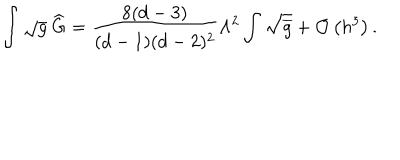
\int \sqrt { g } \ \widehat { \mathrm { G } } = \frac { 8 ( d - 3 ) } { ( d - 1 ) ( d - 2 ) ^ { 2 } } \Lambda ^ { 2 } \int \sqrt { \overline { { { g } } } } + { \cal O } \left( h ^ { 3 } \right) .